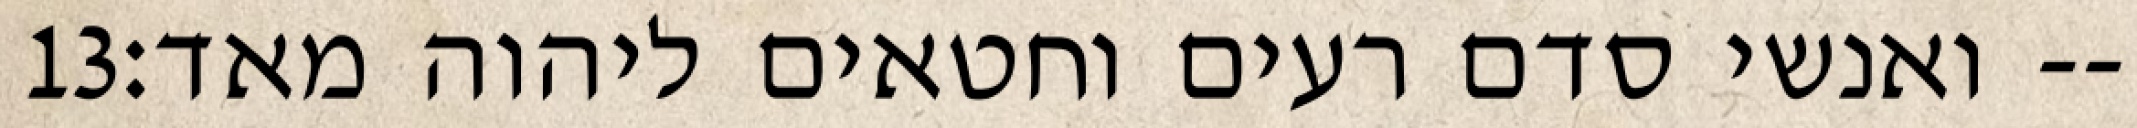
‎13‏ ואנשי סדם רעים וחטאים ליהוה מאד׃--